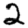
Digit: 2